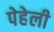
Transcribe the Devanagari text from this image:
पेहेली